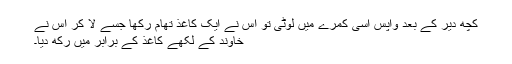
کچھ دیر کے بعد واپس اسی کمرے میں لوٹی تو اس نے ایک کاغذ تھام رکھا جسے لا کر اُس نے
خاوند کے لکھے کاغذ کے برابر میں رکھ دیا۔